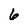
Character: 6